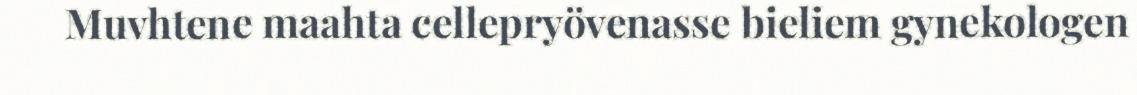
Muvhtene maahta cellepryövenasse bieliem gynekologen